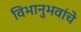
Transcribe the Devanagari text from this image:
विभानुभवांचे